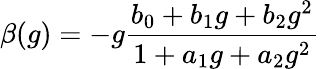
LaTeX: \beta(g)=-g\frac{b_{0}+b_{1}g+b_{2}g^{2}}{1+a_{1}g+a_{2}g^{2}}